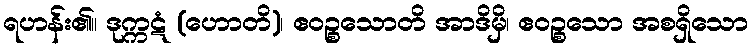
ရဟန်း၏။ ဒုက္ကဋံ (ဟောတိ)၊ ဧဝဉ္စသောတိ အာဒိမှိ၊ ဧဝဉ္စသော အစရှိသော